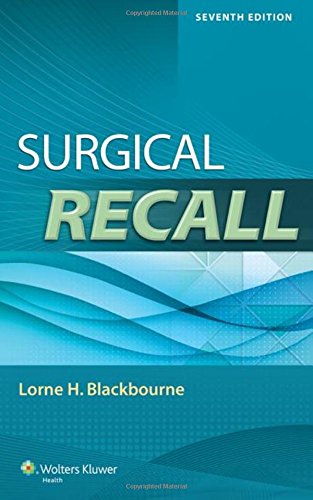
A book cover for Surgical Recall (Recall Series); Lorne H. Blackbourne MD  FACS; Test Preparation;